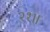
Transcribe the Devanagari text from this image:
२१॥